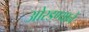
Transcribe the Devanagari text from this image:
ओरडण्याने